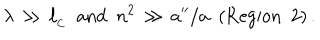
\lambda \, \gg \, \ell _ { _ \mathrm { C } } \, \, \, { \mathrm { a n d } } \, \, \, n ^ { 2 } \, \gg \, a ^ { \prime \prime } / a \, \, \, ( \mathrm { { R e g i o n \ \ 2 } } ) \, .